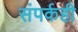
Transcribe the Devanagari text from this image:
संपर्कही